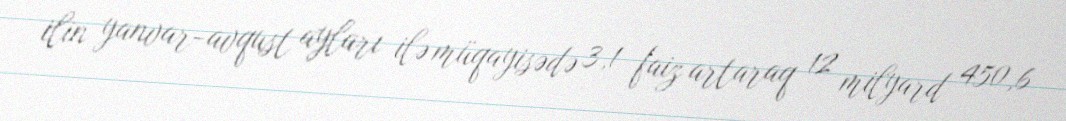
ilin yanvar-avqust ayları ilə müqayisədə 3,1 faiz artaraq 12 milyard 450,6